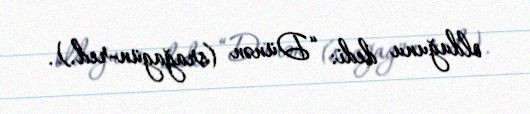
olduğunu dedi: “Dünən (srağagün-red.).